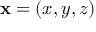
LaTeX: \mathbf { x } = ( x , y , z )